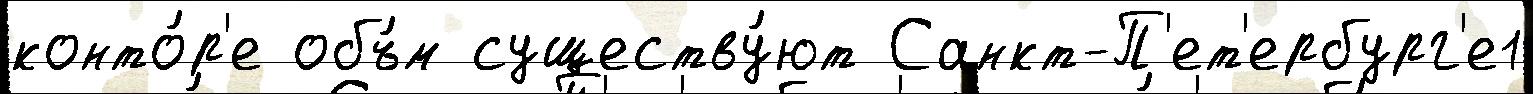
конто́р'е объ́м существу́ют Санкт-П'ет'ербург'е1